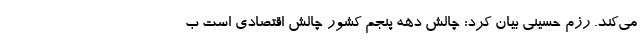
می‌کند. رزم حسینی بیان کرد: چالش دهه پنجم کشور چالش اقتصادی است ب